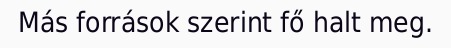
Más források szerint fő halt meg.